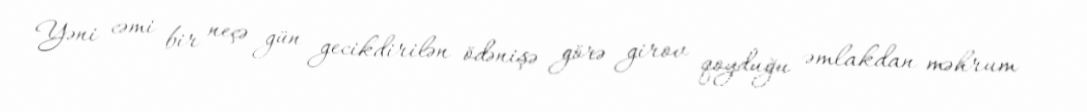
Yəni cəmi bir neçə gün gecikdirilən ödənişə görə girov qoyduğu əmlakdan məhrum